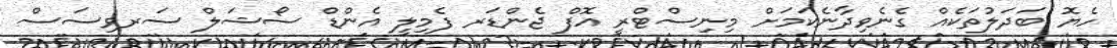
ހެޔޮ ބަދަލުތަކެއް ގެނެވިދާނެކަމަށް މިނިސްޓްރީ އޮފް ޖެންޑަރ ފެމިލީ އެންޑް ސޯޝަލް ސަރވިސަސް